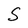
Character: S